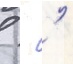
  '